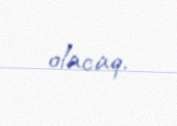
olacaq.